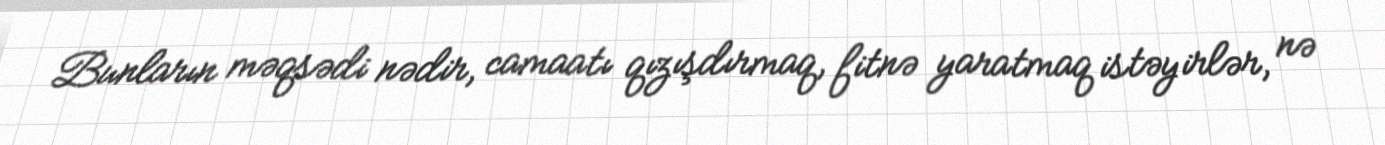
Bunların məqsədi nədir, camaatı qızışdırmaq, fitnə yaratmaq istəyirlər, nə